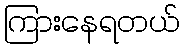
ကြားနေရတယ်